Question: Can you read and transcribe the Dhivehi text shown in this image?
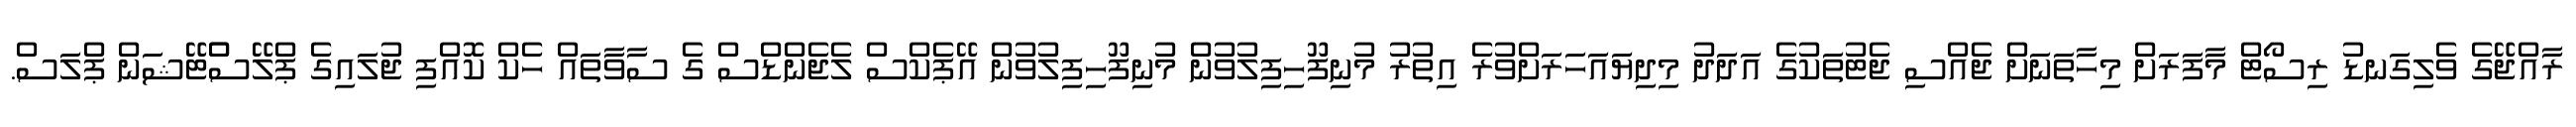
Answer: ރާއްޖޭގެ ވެލިގަނޑު ރިސޯޓް މާފަރަށް މިހާތަނަށް ޖެއްސި ޖެޓުތަކުގެ އަދަދު މިދިޔައަހަރަށްވުރެ އިތުރު މުނިފޫހިފިލުވުން މުނިފޫހިފިލުވުން އޭޕެކްސް ލެޖެންޑްސް ގެ ސާވާތައް ހެކް ކޮއްފި ޖުލައިގެ ޕްލޭސްްޓޭޝަން ޕްލަސް.